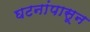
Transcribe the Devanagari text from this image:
घटनांपासून